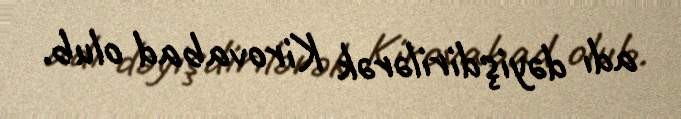
adı dəyişdirilərək Kirovabad olub.